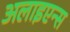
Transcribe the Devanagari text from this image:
अलाइएन्स